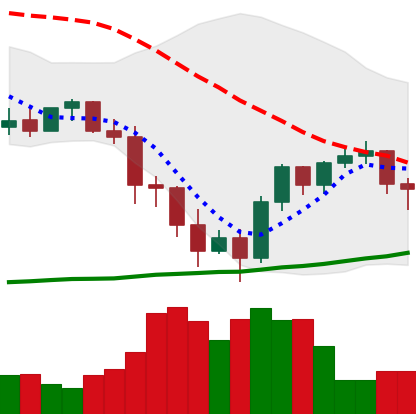
Ticker: BNB-USD
Chart end date: 2022-01-18
Forward return: -18.659%
Label: down_7plus